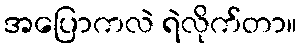
အပြောကလဲ ရဲလိုက်တာ။